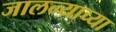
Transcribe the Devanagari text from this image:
जालन्याच्या